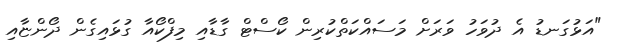
"އަޅުގަނޑު އެ ދުވަހު ވަރަށް މަސައްކަތްކުރިން ކޯސްޓް ގާޑާއި މިފްކޯއާ ގުޅައިގެން ދޯންޏާއި